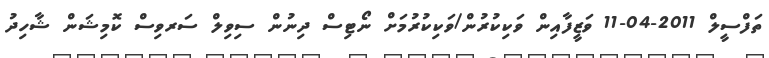
ތަފްސީލް 2011-04-11 ވަޒީފާއިން ވަކިކުރުން/ވަކިކުރުމަށް ނޯޓިސް ދިނުން ސިވިލް ސަރވިސް ކޮމިޝަން ޝާހިދު